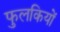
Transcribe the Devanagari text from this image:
फुलकियों